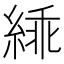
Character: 𬗜